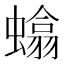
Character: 𫋞